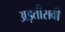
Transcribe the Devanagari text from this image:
अड़तीसवीं